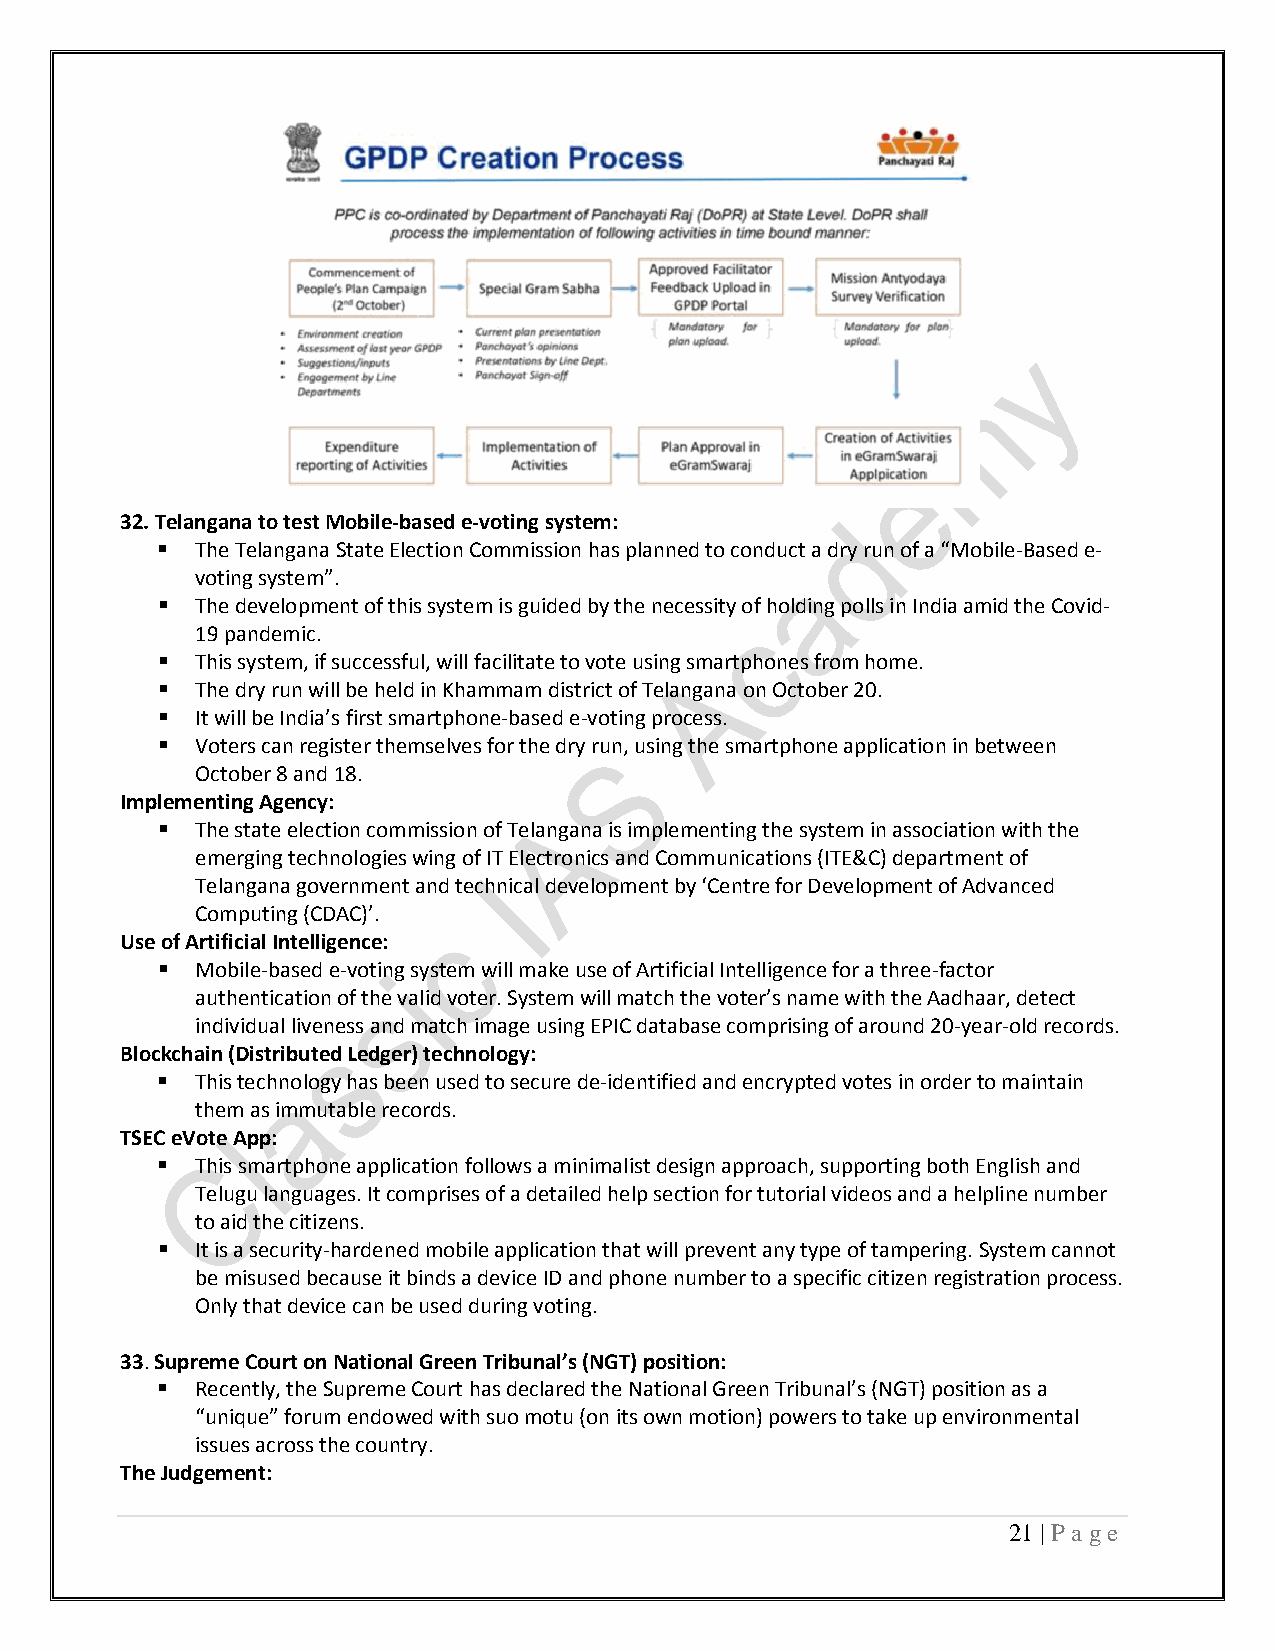
32. Telangana to test Mobile-based e-voting system:
   The Telangana State Election Commission has planned to conduct a dry run of a “Mobile-Based e-
 voting system”.
   The development of this system is guided by the necessity of holding polls in India amid the Covid-
 19 pandemic.
   This system, if successful, will facilitate to vote using smartphones from home.
   The dry run will be held in Khammam district of Telangana on October 20.
   It will be India’s first smartphone-based e-voting process.
   Voters can register themselves for the dry run, using the smartphone application in between
 October 8 and 18.
 Implementing Agency:
   The state election commission of Telangana is implementing the system in association with the
 emerging technologies wing of IT Electronics and Communications (ITE&C) department of
 Telangana government and technical development by ‘Centre for Development of Advanced
 Computing (CDAC)’.
 Use of Artificial Intelligence:
   Mobile-based e-voting system will make use of Artificial Intelligence for a three-factor
 authentication of the valid voter. System will match the voter’s name with the Aadhaar, detect
 individual liveness and match image using EPIC database comprising of around 20-year-old records.
 Blockchain (Distributed Ledger) technology:
   This technology has been used to secure de-identified and encrypted votes in order to maintain
 them as immutable records.
 TSEC eVote App:
   This smartphone application follows a minimalist design approach, supporting both English and
 Telugu languages. It comprises of a detailed help section for tutorial videos and a helpline number
 to aid the citizens.
   It is a security-hardened mobile application that will prevent any type of tampering. System cannot
 be misused because it binds a device ID and phone number to a specific citizen registration process.
 Only that device can be used during voting.
 33. Supreme Court on National Green Tribunal’s (NGT) position:
   Recently, the Supreme Court has declared the National Green Tribunal’s (NGT) position as a
 “unique” forum endowed with suo motu (on its own motion) powers to take up environmental
 issues across the country.
 The Judgement:
 21 | P a ge